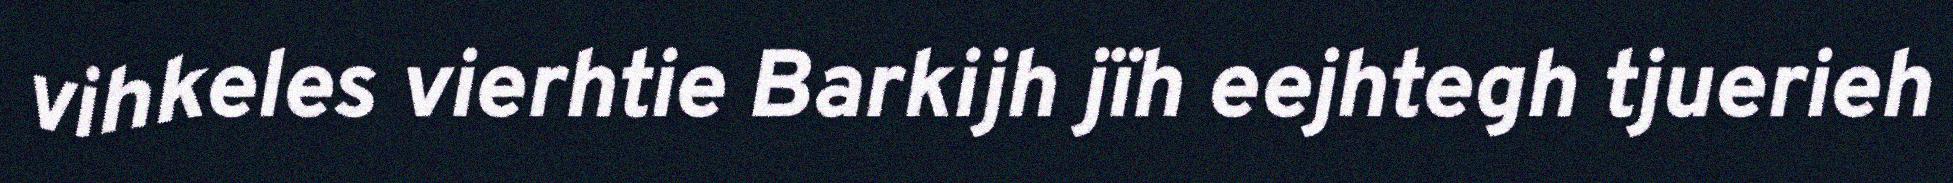
vihkeles vierhtie Barkijh jïh eejhtegh tjuerieh